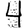
Digit: 4